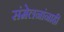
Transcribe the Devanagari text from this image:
संमेलनांनाही